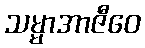
သမ္မာအာဇီဝေ